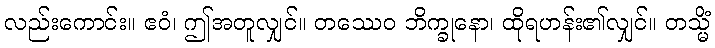
လည်းကောင်း။ ဧဝံ၊ ဤအတူလျှင်။ တဿေဝ ဘိက္ခုနော၊ ထိုရဟန်း၏လျှင်။ တသ္မိံ